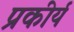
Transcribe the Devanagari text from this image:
प्रकीर्य